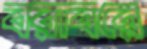
বরাবরে